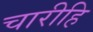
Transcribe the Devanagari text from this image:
चारीहि